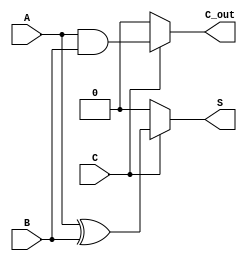
module Conditional_Half_Adder (
    input wire A,      // First single-bit input
    input wire B,      // Second single-bit input
    input wire C,      // Conditional control input
    output wire S,     // Sum output
    output wire C_out  // Carry output
);

    // Conditional logic for Sum and Carry
    assign S = C ? (A ^ B) : 1'b0;      // Sum is A XOR B if C is 1, else 0
    assign C_out = C ? (A & B) : 1'b0;  // Carry is A AND B if C is 1, else 0

endmodule